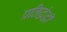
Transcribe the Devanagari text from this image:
प्रतिद्धंद्धी